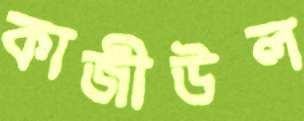
কাজীউল